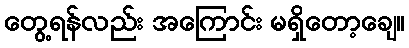
တွေ့ရန်လည်း အကြောင်း မရှိတော့ချေ။